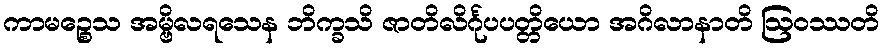
ကာမဉ္စေသ အမ္ဗိလရသေန ဘိက္ခသိ ဇာတိလိင်္ဂုပပတ္တိယော အဂိလာနာတိ ဩဝဿတိ